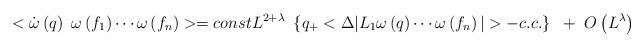
LaTeX: \begin{align*} <\dot{\omega}\left( q \right)~\omega\left( f_{1} \right)\cdots\omega\left(f_{n} \right)>=const L^{2+\lambda} ~ \left\{ q_{+}<\Delta|L_{1}\omega\left(q \right)\cdots\omega\left( f_{n} \right)| >-c.c. \right\}~+~O\left(L^{\lambda} \right)\end{align*}